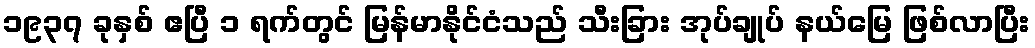
၁၉၃၇ ခုနှစ် ဧပြီ ၁ ရက်တွင် မြန်မာနိုင်ငံသည် သီးခြား အုပ်ချုပ် နယ်မြေ ဖြစ်လာပြီး